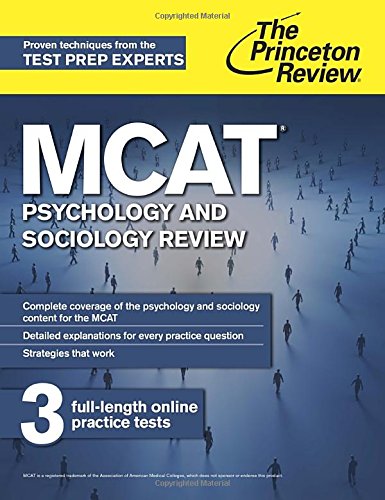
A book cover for MCAT Psychology and Sociology Review: New for MCAT 2015 (Graduate School Test Preparation); Princeton Review; Test Preparation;